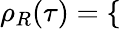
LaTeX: \rho_{R}(\tau)=\left\{ \begin{array}{rlrl}\end{array}\right.